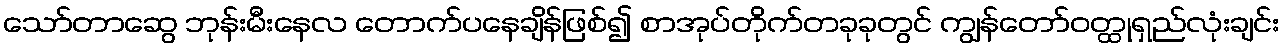
သော်တာဆွေ ဘုန်းမီးနေလ တောက်ပနေချိန်ဖြစ်၍ စာအုပ်တိုက်တခုခုတွင် ကျွန်တော်ဝတ္ထုရှည်လုံးချင်း